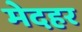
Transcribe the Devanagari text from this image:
मेदहर